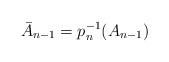
LaTeX: \begin{align*}\bar{A}_{n-1}=p_{n}^{-1}(A_{n-1})\end{align*}